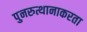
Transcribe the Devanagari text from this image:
पुनरुत्थानाकरता